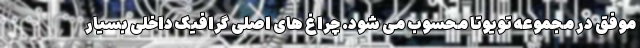
موفق در مجموعه تویوتا محسوب می شود. چراغ های اصلی گرافیک داخلی بسیار